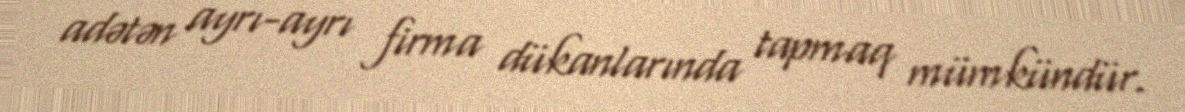
adətən ayrı-ayrı firma dükanlarında tapmaq mümkündür.